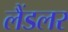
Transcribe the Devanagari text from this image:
लैंडलर